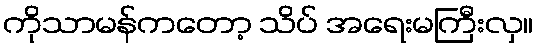
ကိုသာမန်ကတော့ သိပ် အရေးမကြီးလှ။